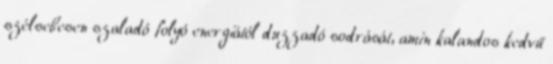
szélsebesen szaladó folyó energiától duzzadó sodrását, amin kalandos kedvű